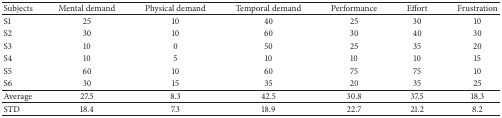
| Subjects | Mental demand | Physical demand | Temporal demand | Performance | Effort | Frustration |
 | --- | --- | --- | --- | --- | --- | --- |
 | S1 | 25 | 10 | 40 | 25 | 30 | 10 |
 | S2 | 30 | 10 | 60 | 30 | 40 | 30 |
 | S3 | 10 | 0 | 50 | 25 | 35 | 20 |
 | S4 | 10 | 5 | 10 | 10 | 10 | 15 |
 | S5 | 60 | 10 | 60 | 75 | 75 | 10 |
 | S6 | 30 | 15 | 35 | 20 | 35 | 25 |
 | Average | 27.5 | 8.3 | 42.5 | 30.8 | 37.5 | 18.3 |
 | STD | 18.4 | 7.3 | 18.9 | 22.7 | 21.2 | 8.2 |